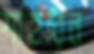
শাহরিন